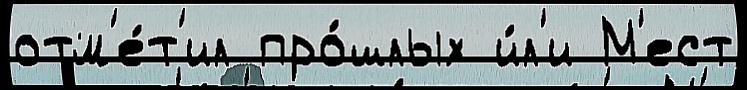
отм'е́т'ил про́шлых и́л'и М'ест